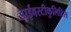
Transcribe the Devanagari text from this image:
डाईवरटीकुलिटिस